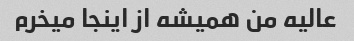
عالیه من همیشه از اینجا میخرم